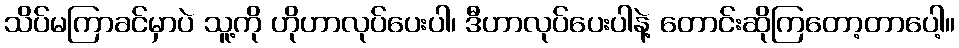
သိပ်မကြာခင်မှာပဲ သူ့ကို ဟိုဟာလုပ်ပေးပါ၊ ဒီဟာလုပ်ပေးပါနဲ့ တောင်းဆိုကြတော့တာပေါ့။